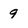
Character: 9